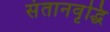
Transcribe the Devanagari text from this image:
संतानवृद्धि